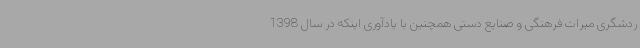
ردشگری میراث فرهنگی و صنایع دستی همچنین با یادآوری اینکه در سال 1398